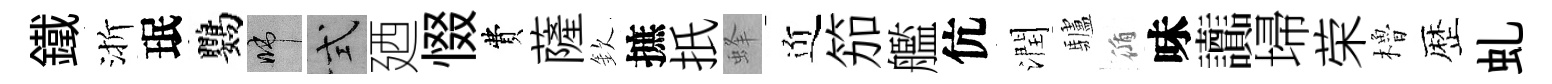
鐵渐珉鸚啼式廼惙費薩欽摭扺蜂近笳艦伉潤驢循味讟埽荣櫓歴虬